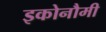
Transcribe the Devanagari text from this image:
इकोनौमी